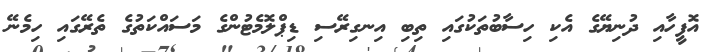
އޮފީހާއި ދުނިޔޭގެ އެކި ހިސާބުތަކުގައި ތިބި އިނގިރޭސި ޑިޕްލޮމެޓުންގެ މަސައްކަތުގެ ތެރޭގައި ހިމެނޭ